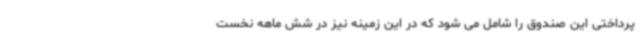
پرداختی این صندوق را شامل می شود که در این زمینه نیز در شش ماهه نخست